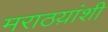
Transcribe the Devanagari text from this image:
मराठय़ांशी